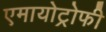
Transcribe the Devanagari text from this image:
एमायोट्रोफी